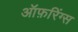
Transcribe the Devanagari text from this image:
ऑफ़रिंग्स